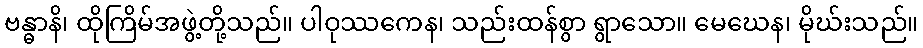
ဗန္ဓာနိ၊ ထိုကြိမ်အဖွဲ့တို့သည်။ ပါဝုဿကေန၊ သည်းထန်စွာ ရွာသော။ မေဃေန၊ မိုဃ်းသည်။